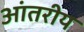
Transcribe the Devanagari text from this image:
आंतरीय